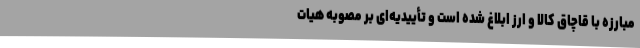
مبارزه با قاچاق کالا و ارز ابلاغ شده است و تأییدیه‌ای بر مصوبه هیات